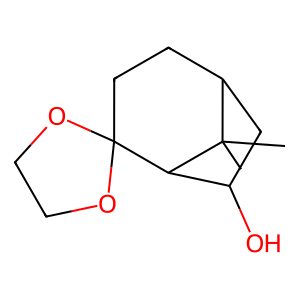
SMILES: CC1(C)C2CCC3(OCCO3)C1C(O)C2
Inhibits HIV replication: No